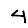
Digit: 4